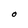
Character: O